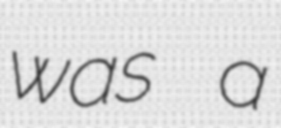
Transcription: was a